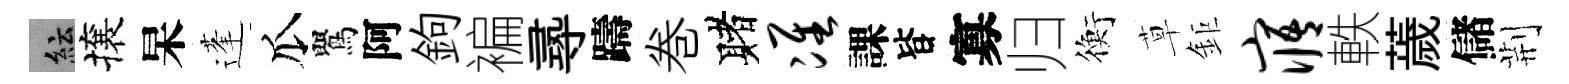
紜攘杲蓬瓜鸎阿鉤褊𡬶躊巻赌准課𣅜寡归衡草鉅寤軼薉儲荆